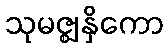
သုမဇ္ဈနှိကော